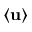
\langle \mathbf { u } \rangle